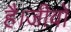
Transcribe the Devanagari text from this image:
है।जीवों